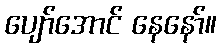
ပျော်အောင် နေနော်။